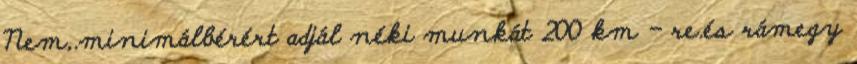
Nem,.minimálbérért adjál néki munkát 200 km - re.és rámegy